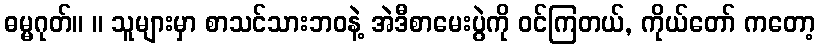
ဓမ္မဂုတ်။ ။ သူများမှာ စာသင်သားဘဝနဲ့ အဲဒီစာမေးပွဲကို ဝင်ကြတယ်, ကိုယ်တော် ကတော့